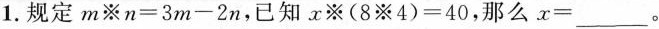
1.规定$$m ※ n = 3 m - 2 n$$，已知$$x ※ ( 8 ※ 4 ) = 4 0$$，那么$$x =$$___。